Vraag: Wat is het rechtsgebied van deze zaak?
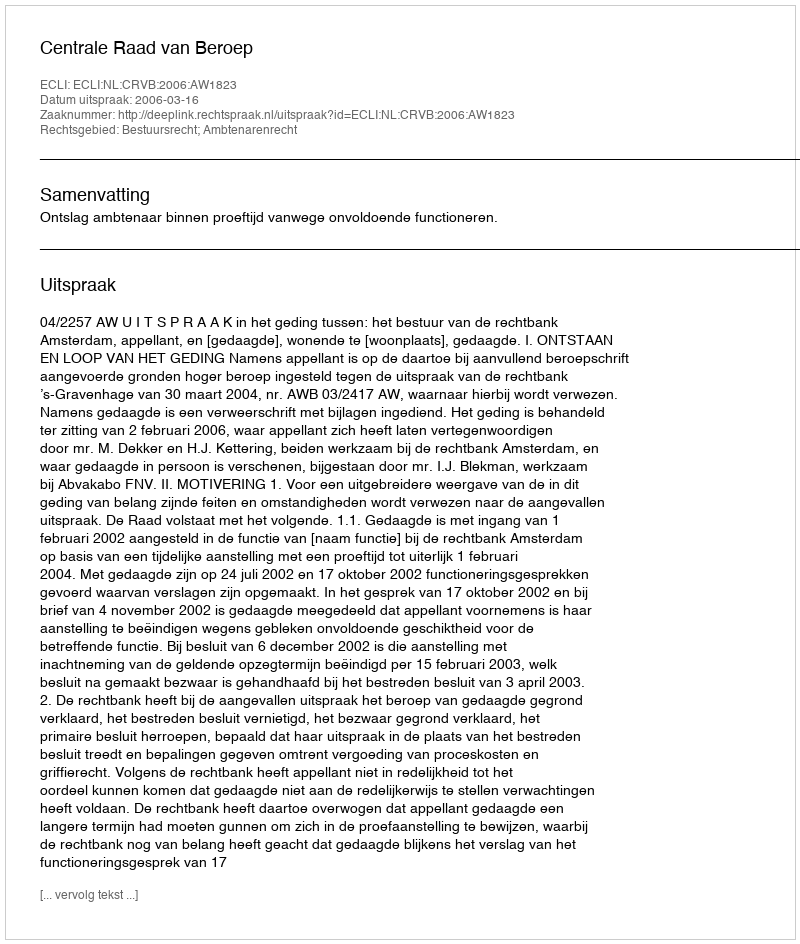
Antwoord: Bestuursrecht; Ambtenarenrecht